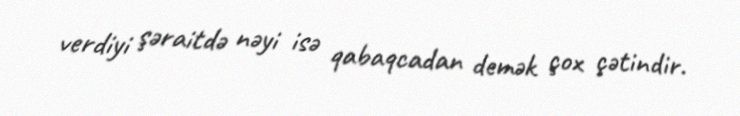
verdiyi şəraitdə nəyi isə qabaqcadan demək çox çətindir.